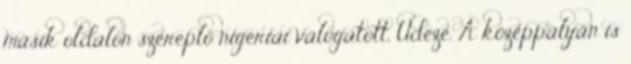
másik oldalon szereplő nigériai válogatott, Udeze. A középpályán is